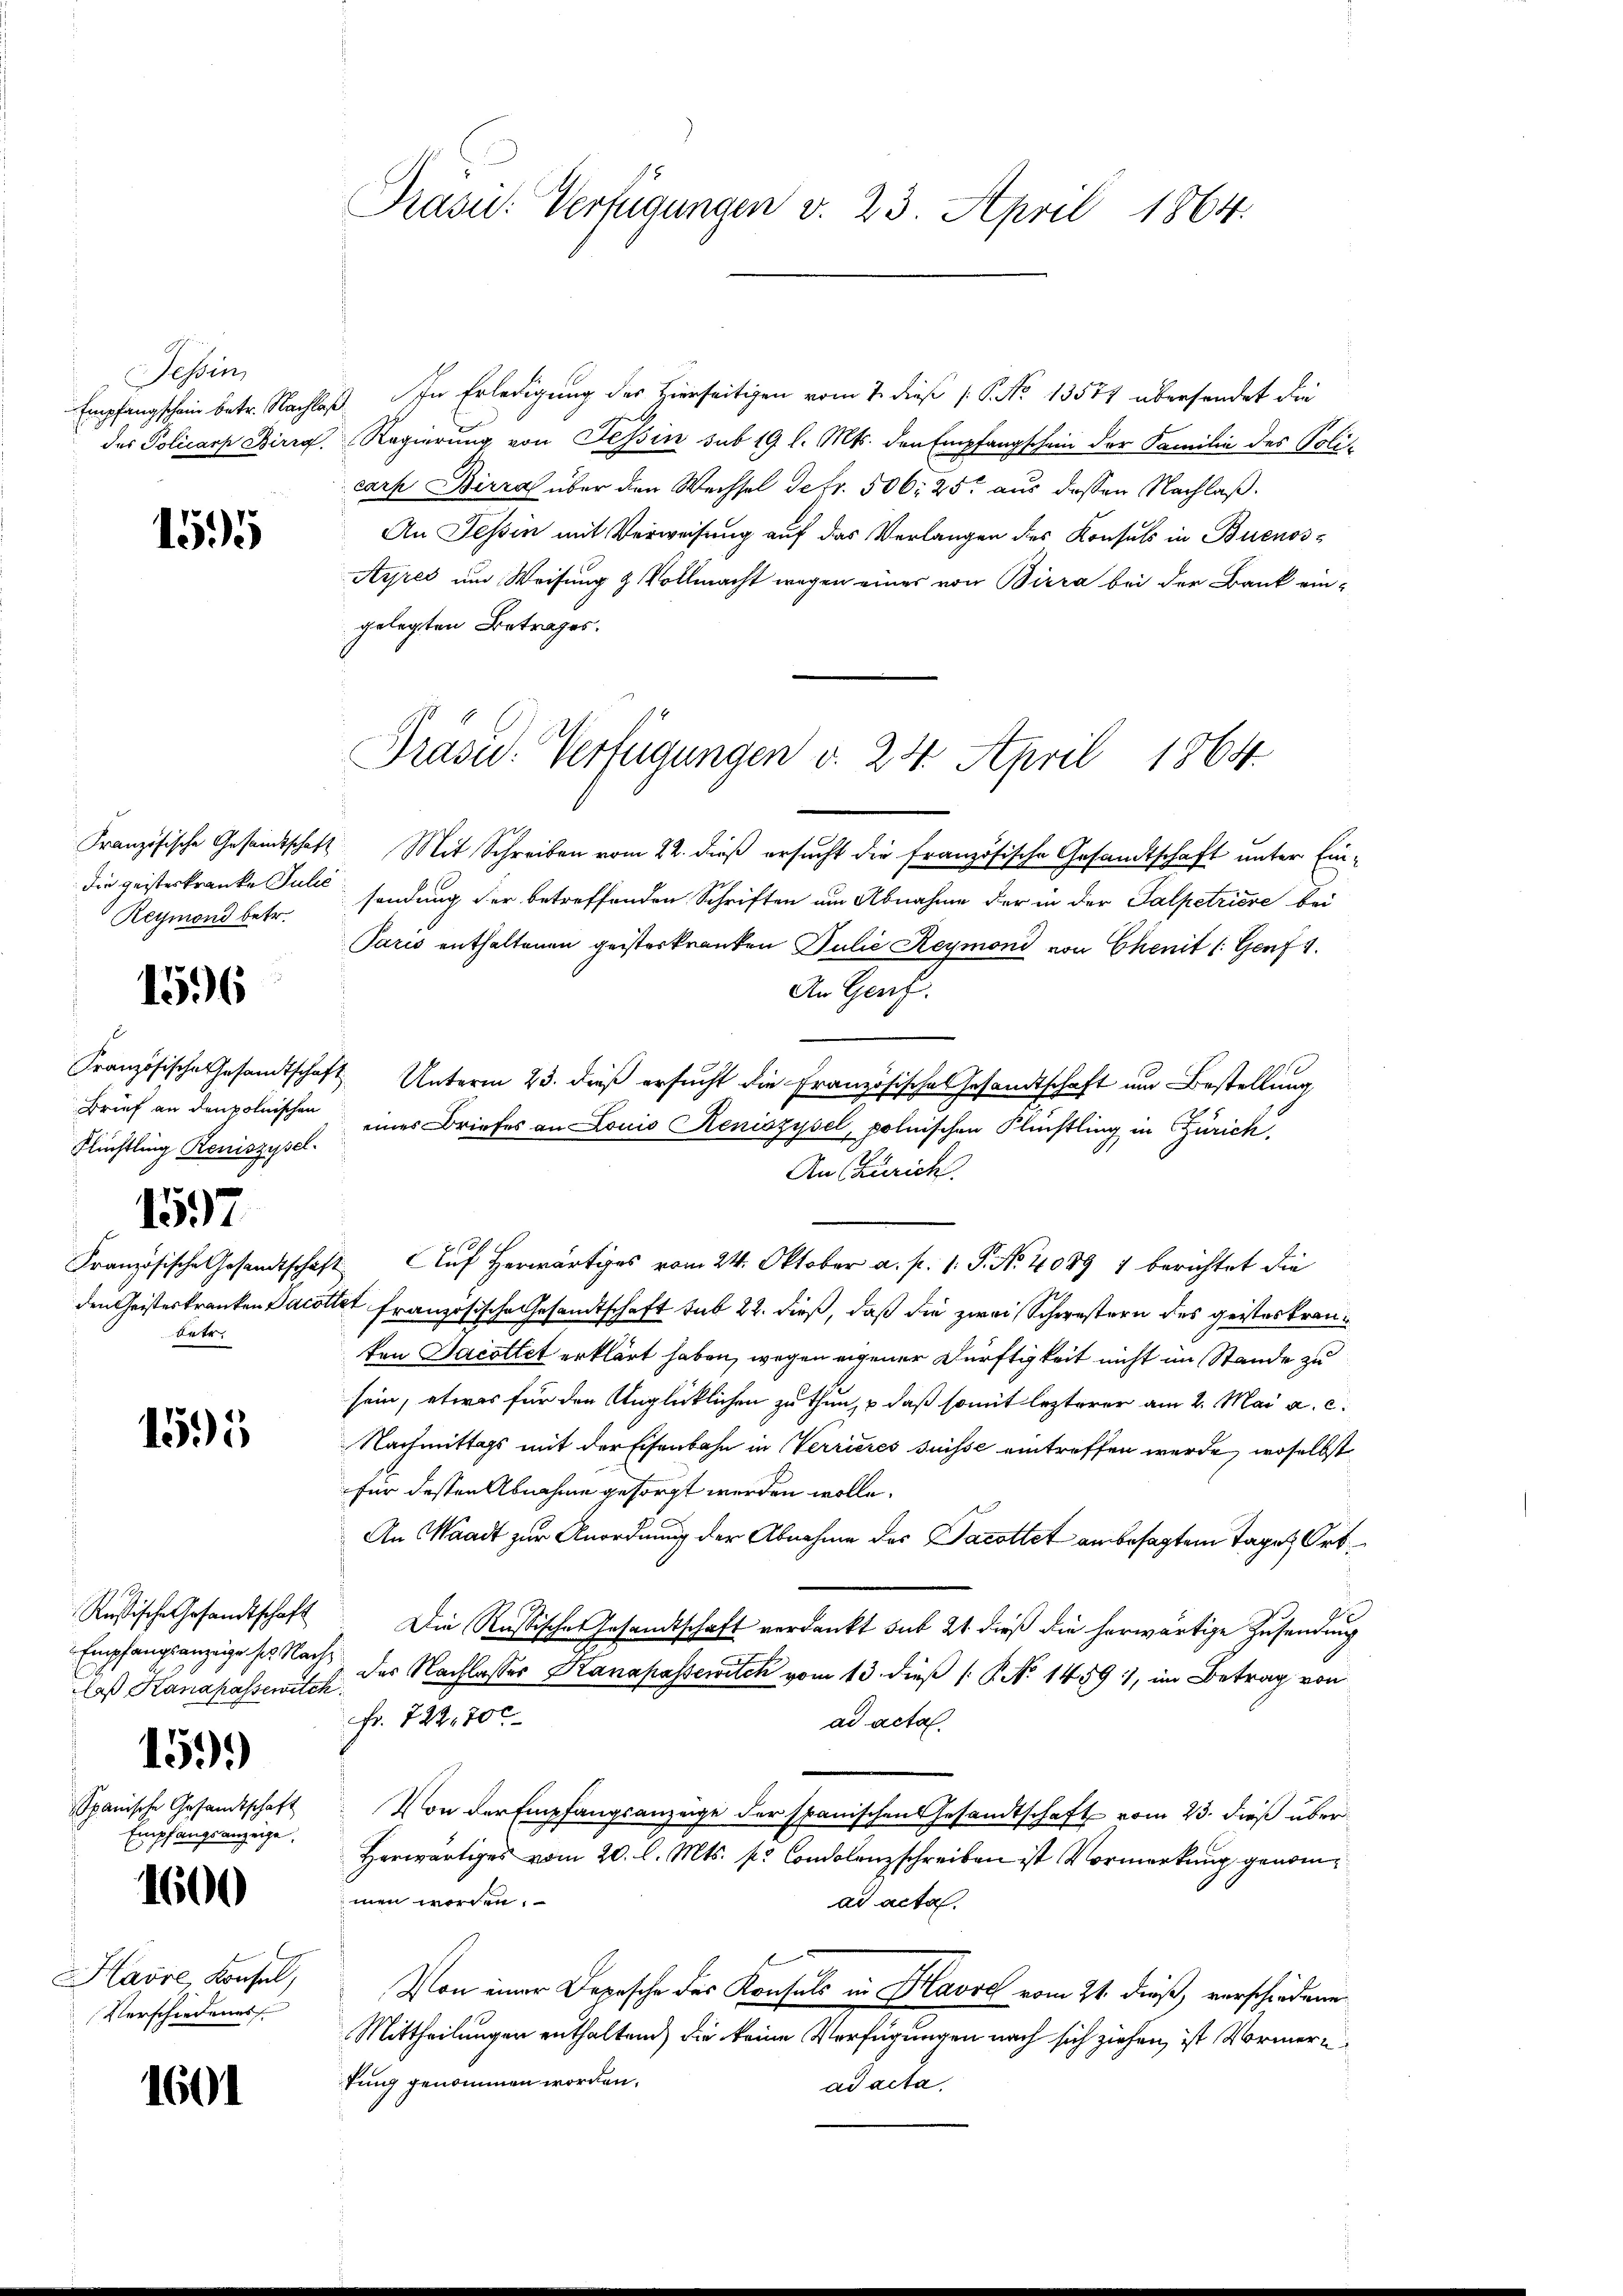
essin,

155

die geisteskranke Julić
Reymond betr.

1596

Flüchtling Reniszysel.
1597
bete

1595

Empfangsanzeige ses Nach¬
Caß Kanapassewich
1599)
Spanische Gesandtschaft
Empfangsanzeige.

Havre, Konsel,
Verschiedenes

1600

1601

Präsid. Verfügungen v. 23. April 1864.

Empfangschein betr. Nachlaβ In Erledigŭng des hierseitigen vom 7. dieß (: P. No 13577 übersendet die
des Policarp Birrg. Regierung von Tessin sub 19 l. Mts. den Empfangschein der Familie des Policarh Birra über den Wechsel defr. 506, 25 aus dessen Nachlaß¬
An Tessin mit Verweisung auf das Verlangen des Konsuls in Buenos¬
Ayres und Weisung & Vollmacht wegen eines von Birra bei der Bank ein-
gelegten Betrages.
Französische Gesandtschaft Mit Schreiben vom 22. dieß ersucht die französische Gesandtschaft unter Einsendung der betreffenden Schriften um Abnahme der in der Salpetriere bei
Paris enthaltenen geisterkranken Julie Reymond von Chenit /: Genf 1.
An Genf.
Französische Gesamtschaft Unterm 23. dieß ersucht die Französisches Gesandtschaft um Bestellung
Brief an den polnischen eines Briefes an Louis Reniszysel, polnischen Flüchtling in Zürich,
An (Zürich.
p
Französische Gesandtschaft Auf herwärtiges vom 24. Oktober a. p. 1. P. Nr. 4089 1 berichtet die
den Geisteskranken Jacottet französische Gesandtschaft sub 22. dieß, daß die zwei Schwestern des geisteskranten Jacottet erklärt haben, wegen eigener Dürftigkeit nicht im Stande zu
sein, etwas für den Unglücklichen zu thun, u daß somit lezterer am 2. Mai a. c.
Nachmittags mit der Eisenbahn in Verrieres suisse eintreffen werde, woselbst
für dessen Abnahme gesorgt werden wolle.
An Waadt zur Anordnung der Abnahme des Jacottet an besagtem Tages Ort
Rußische Gesandtschaft Die Rassische Gesandtschaft verdankt sub 21 dieß die herwärtige Zusendung
der Nachlasses Kanapassewich vom 13. dieß [P No 1459, im Betrag von
Fr. 722,700
ad acta.
Von der Empfangsanzeige der spanischen Gesandtschaft vom 23. dieß über
Herwärtiges vom 20. l. Mts. pr. Condolenzschreiben ist Vormerkung genommen worden.
ad acta.
Von einer Depesche des Konsuls in Havre vom 21. dieß, verschiedenen
Mittheilungen enthaltend die keine Verfügungen nach sich ziehen, ist Vormertung genommen worden.
ad acta,

Präsid. Verfügungen d. 24. April 1864.